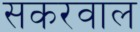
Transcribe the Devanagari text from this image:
सकरवाल